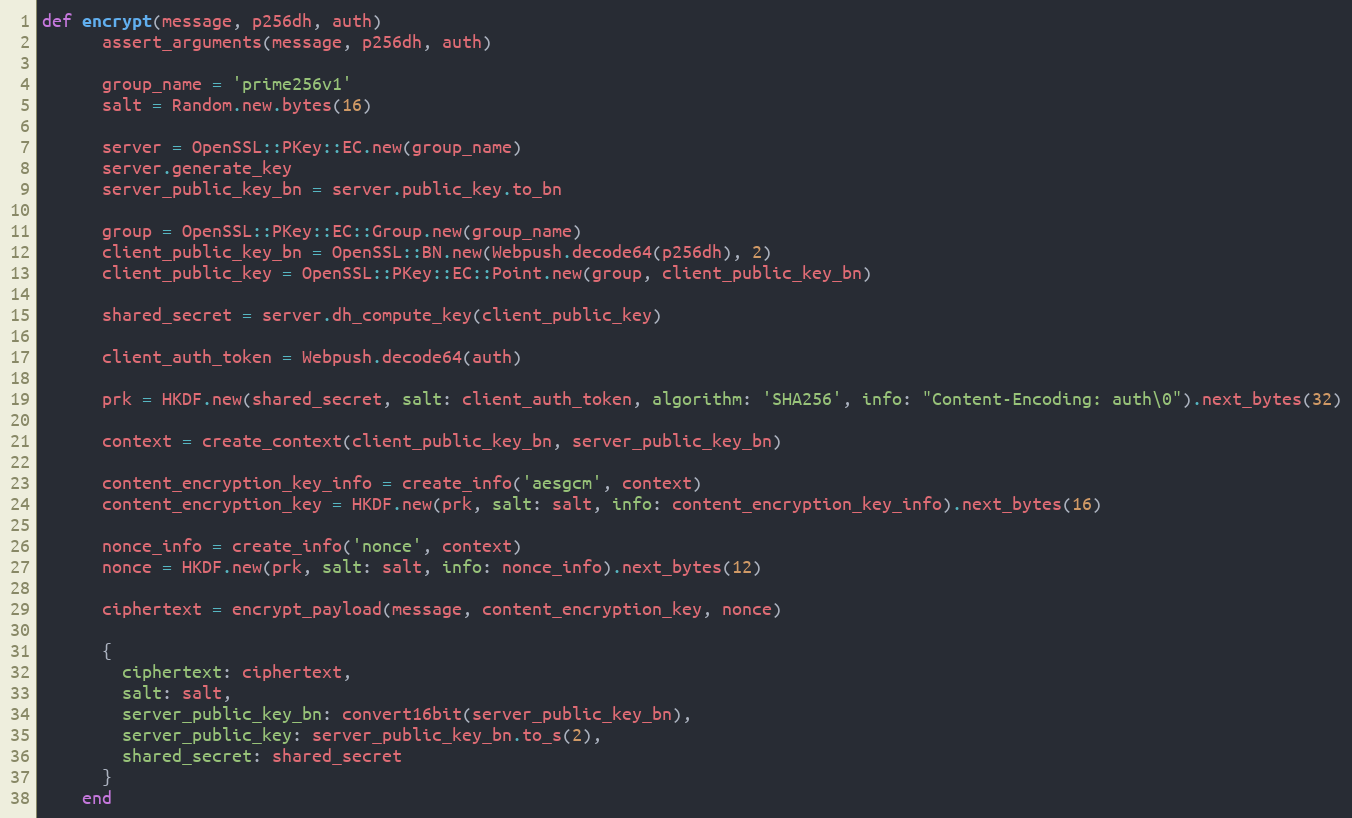
Language: Ruby
def encrypt(message, p256dh, auth)
      assert_arguments(message, p256dh, auth)

      group_name = 'prime256v1'
      salt = Random.new.bytes(16)

      server = OpenSSL::PKey::EC.new(group_name)
      server.generate_key
      server_public_key_bn = server.public_key.to_bn

      group = OpenSSL::PKey::EC::Group.new(group_name)
      client_public_key_bn = OpenSSL::BN.new(Webpush.decode64(p256dh), 2)
      client_public_key = OpenSSL::PKey::EC::Point.new(group, client_public_key_bn)

      shared_secret = server.dh_compute_key(client_public_key)

      client_auth_token = Webpush.decode64(auth)

      prk = HKDF.new(shared_secret, salt: client_auth_token, algorithm: 'SHA256', info: "Content-Encoding: auth\0").next_bytes(32)

      context = create_context(client_public_key_bn, server_public_key_bn)

      content_encryption_key_info = create_info('aesgcm', context)
      content_encryption_key = HKDF.new(prk, salt: salt, info: content_encryption_key_info).next_bytes(16)

      nonce_info = create_info('nonce', context)
      nonce = HKDF.new(prk, salt: salt, info: nonce_info).next_bytes(12)

      ciphertext = encrypt_payload(message, content_encryption_key, nonce)

      {
        ciphertext: ciphertext,
        salt: salt,
        server_public_key_bn: convert16bit(server_public_key_bn),
        server_public_key: server_public_key_bn.to_s(2),
        shared_secret: shared_secret
      }
    end